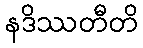
နဒိဿတီတိ